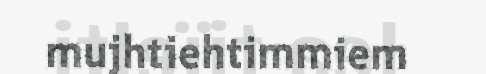
mujhtiehtimmiem